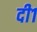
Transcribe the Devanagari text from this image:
दी१